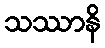
သဿာနိ